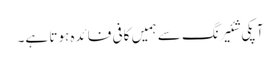
آپکی شئیرنگ سے ہمیں کافی فائدہ ہوتا ہے۔